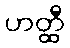
ဟတ္ထီ